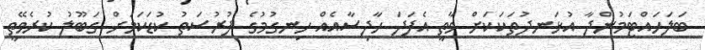
ބަލަހައްޓަމުންދާ އުޅަނދުތަކަކަށް ވާތީ އެފަދަ ހާދިސާއެއް ހިނގުމުގެ ފުރުސަތު ކުޑަކަމަށް ގަބޫލު ކުރެވޭތީ